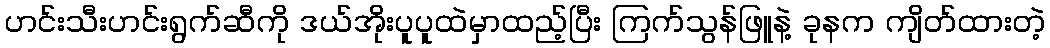
ဟင်းသီးဟင်းရွက်ဆီကို ဒယ်အိုးပူပူထဲမှာထည့်ပြီး ကြက်သွန်ဖြူနဲ့ ခုနက ကျိတ်ထားတဲ့